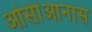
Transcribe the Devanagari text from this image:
ओसीआनास